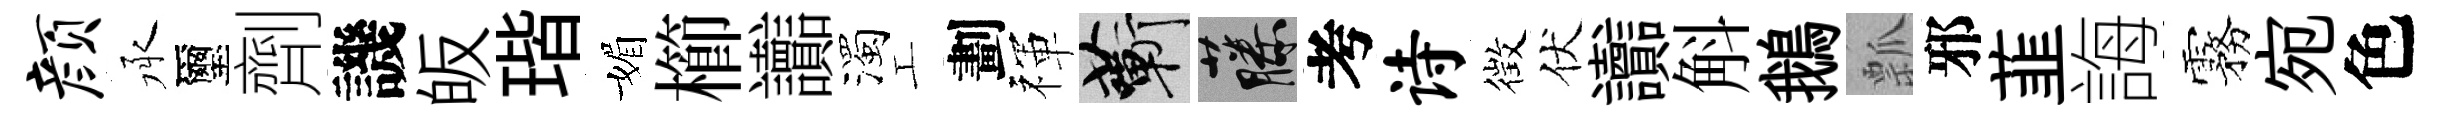
颜承璽劑譏皈瑎媚櫛讟濁工劃禈蔪藤考诗徴伏讟斛鵝瓢邪韮誨霧宛色